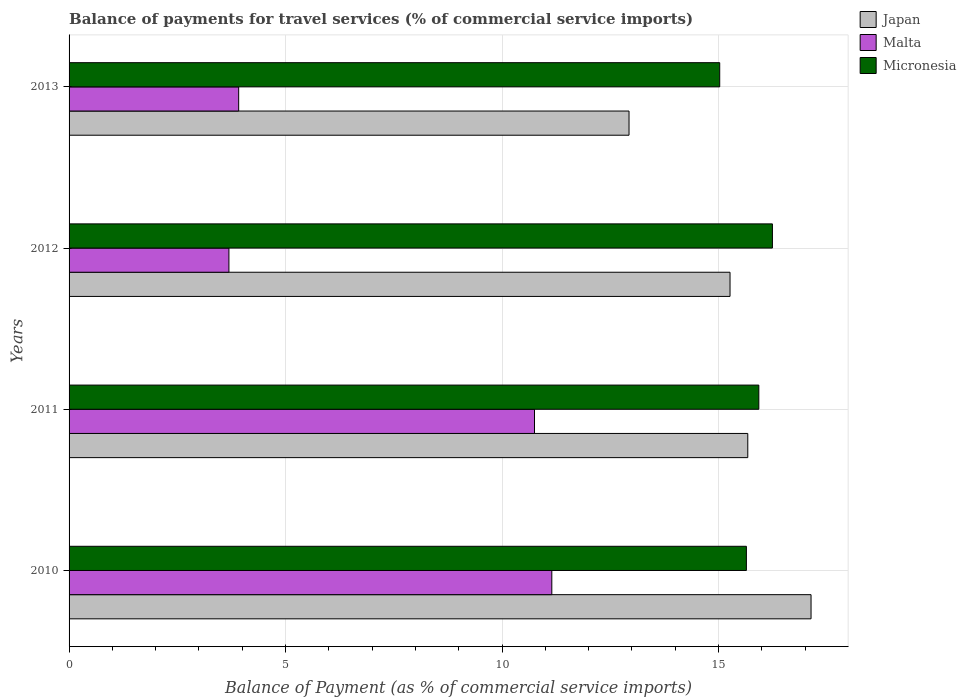
| Years | Japan | Malta | Micronesia |
 | --- | --- | --- | --- |
 | 2010 | 17.1 | 11.1 | 15.6 |
 | 2011 | 15.7 | 10.7 | 15.9 |
 | 2012 | 15.3 | 3.69 | 16.2 |
 | 2013 | 12.9 | 3.92 | 15 |